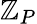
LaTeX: \mathbb{Z}_{P}